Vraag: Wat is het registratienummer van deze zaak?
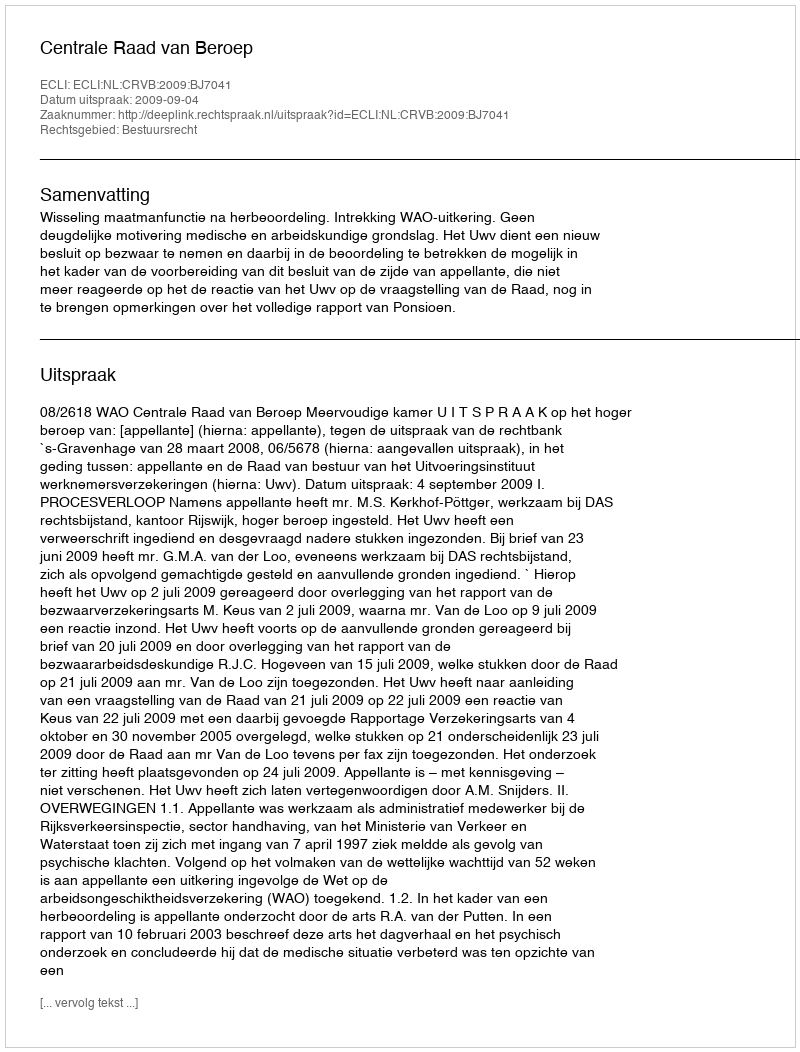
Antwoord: http://deeplink.rechtspraak.nl/uitspraak?id=ECLI:NL:CRVB:2009:BJ7041